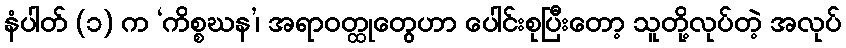
နံပါတ် (၁) က ‘ကိစ္စဃန’၊ အရာဝတ္ထုတွေဟာ ပေါင်းစုပြီးတော့ သူတို့လုပ်တဲ့ အလုပ်